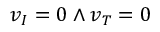
v _ { I } = 0 \land v _ { T } = 0